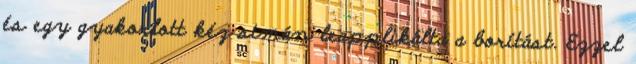
és egy gyakorlott kéz simán leapplikálta a borítást. Ezzel